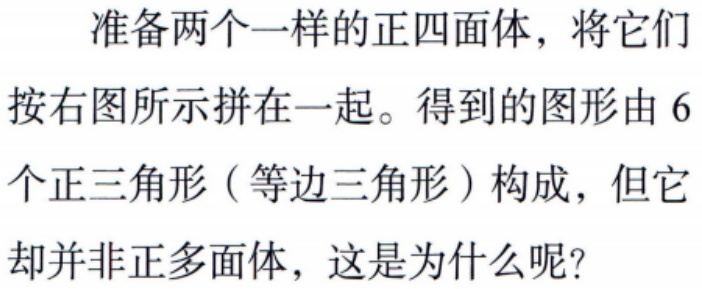
准备两个一样的正四面体，将它们
按右图所示拼在一起。得到的图形由 6
个正三角形（等边三角形）构成，但它
却并非正多面体，这是为什么呢？